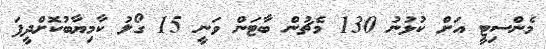
މެންސިޓީ އަށް ކުޅުނު 130 މެޗުން ބާޓަން ވަނީ 15 ގޯލު ކާމިޔާބުކޮށްދީފަ